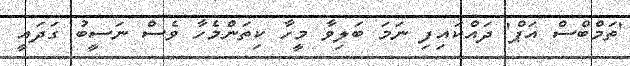
'ތަމްބްސް އަޕް' ދައްކައިފި ނަމަ ބަލިވާ މީހާ ކިތަންމެހާ ވެސް ނަސީބު ގަދައީ